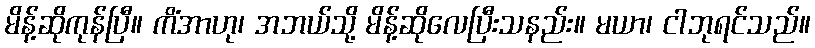
မိန့်ဆိုကုန်ပြီ။ ကိံအာဟု၊ အဘယ်သို့ မိန့်ဆိုလေပြီးသနည်း။ မယာ၊ ငါဘုရင်သည်။